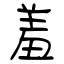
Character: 羞